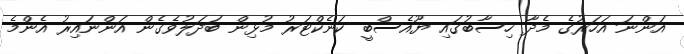
އަންނަ އަހަރުގެ މެދާ ހިސާބުގައި ޔޫއެސްބީ ކަނެކްޓަރު މުޅިން ބަދަލުވެގެން އަންނައިރު އެންމެ